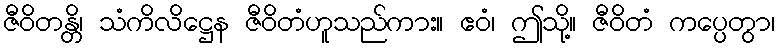
ဇီဝိတန္တိ၊ သံကိလိဋ္ဌေန ဇီဝိတံဟူသည်ကား။ ဧဝံ၊ ဤသို့။ ဇီဝိတံ ကပ္ပေတွာ၊